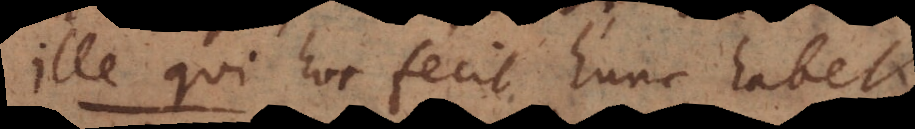
Ille qui hoc fecit, hunc habet